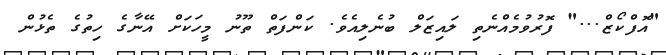
"އޮފްކޯޒް..." ފޮރުވުމެއްނެތި ލައިޒަލް ބުނެލިއެވެ. ކަންފަތް ތޫނު މީހަކަށް އޭނާގެ ހިތުގެ ތެޅުން